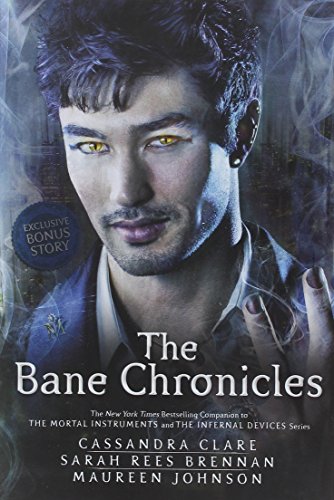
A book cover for The Bane Chronicles; Cassandra Clare; Teen & Young Adult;